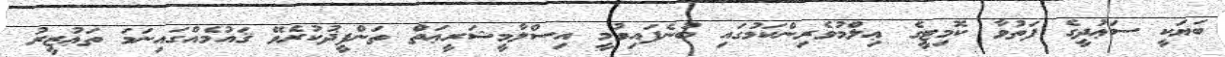
ބަޔަކީ ސަޢުދީގެ ފަތުވާ ކޮމިޓީގެ ޢިލްމުވެރިންކަމުގައި ބުނެފައިވުމީ އިސްލާމީޝަރީޢަތް ތަންފީޛުކުރެވޭ ޤައުމެއްގައިނަމަ ތަޢުޒީރު